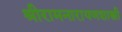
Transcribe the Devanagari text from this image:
श्रीरामनारायणशास्त्री